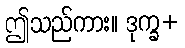
ဤသည်ကား။ ဒုက္ခ+